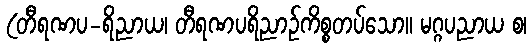
(တီရဏပ-ရိညာယ၊ တီရဏပရိညာဉ်ကိစ္စတပ်သော။ မဂ္ဂပညာယ စ၊